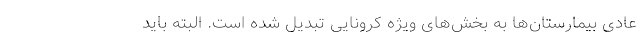
عادی بیمارستان‌ها به بخش‌های ویژه کرونایی تبدیل شده است. البته باید